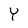
Character: Y